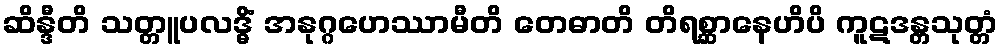
ဆိန္ဒီတိ သတ္တူပလဒ္ဓိံ အနုဂ္ဂဟေဿာမီတိ တေဓာတိ တိရစ္ဆာနေဟိပိ ကူဋဒန္တသုတ္တံ